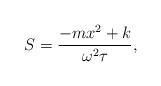
LaTeX: \begin{align*}S = {\frac {-m{x}^{2}+k}{{\omega}^{2}\tau}},\end{align*}